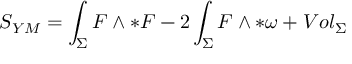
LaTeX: S _ { Y M } = \int _ { \Sigma } { \cal { F } } \wedge * { \cal { F } } - 2 \int _ { \Sigma } { \cal { F } } \wedge * { \omega } + V o l _ { { \Sigma } }